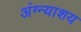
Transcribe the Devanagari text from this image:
अंग्न्याशय